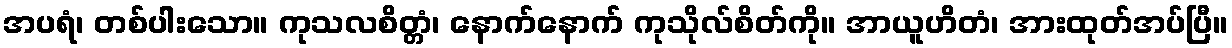
အပရံ၊ တစ်ပါးသော။ ကုသလစိတ္တံ၊ နောက်နောက် ကုသိုလ်စိတ်ကို။ အာယူဟိတံ၊ အားထုတ်အပ်ပြီ။